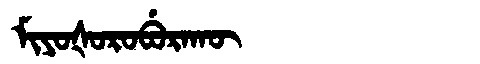
Manchu: ᠮᡳᠶᠣᡧᠣᡵᠣᠪᡠᡵᠠᡴᡡ
Romanization: MIYOŠOROBURAKŪ